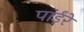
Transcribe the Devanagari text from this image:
पांईंरे